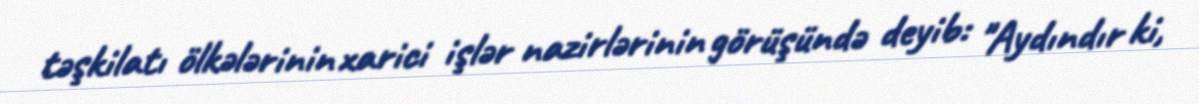
təşkilatı ölkələrinin xarici işlər nazirlərinin görüşündə deyib: "Aydındır ki,